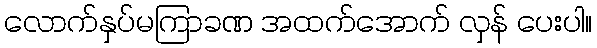
လောက်နှပ်မကြာခဏ အထက်အောက် လှန် ပေးပါ။